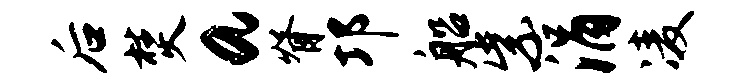
后焚a脊邛船紫涓凌